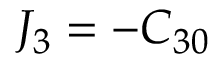
J _ { 3 } = - C _ { 3 0 }